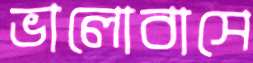
ভালোবাসে